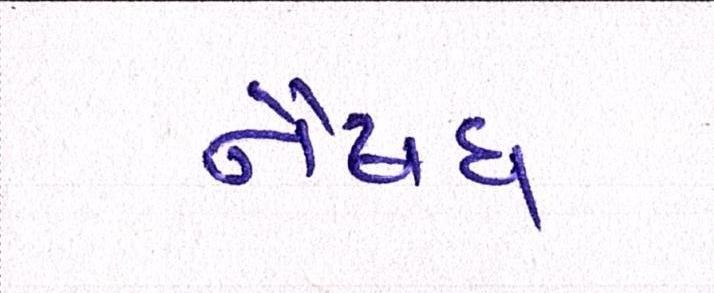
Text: નૈષધ